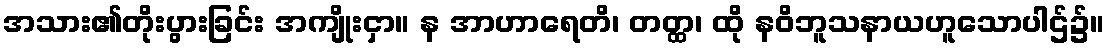
အသား၏တိုးပွားခြင်း အကျိုးငှာ။ န အာဟာရေတိ၊ တတ္ထ၊ ထို နဝိဘူသနာယဟူသောပါဌ်၌။